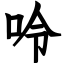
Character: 呤